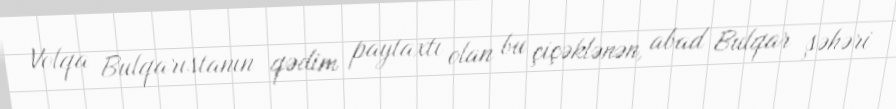
Volqa Bulqarıstanın qədim paytaxtı olan bu çiçəklənən, abad Bulqar şəhəri